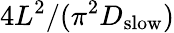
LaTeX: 4L^{2}/(\pi^{2}D_{\mathrm{slow}})